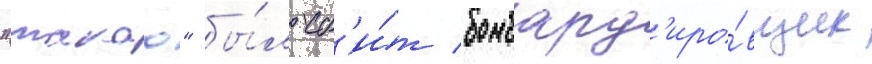
"такао" бы́л сб'и́т бомбард'иро́вщик